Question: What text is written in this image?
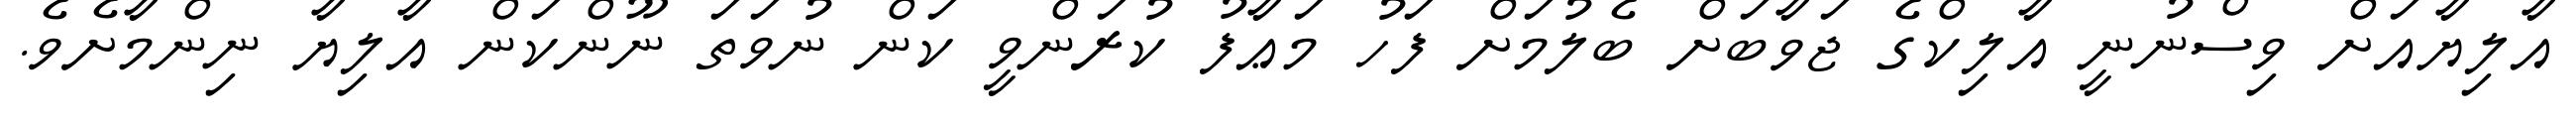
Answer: އާލިޔާއަށް ވިސްނުނީ އާލިކްގެ ޖަވާބަށް ބެލުމަށް ފަހު މަޢާފު ކުރަންވީ ކަން ނުވަތަ ނޫންކަން އާލިޔާ ނިންމާށެވެ.